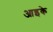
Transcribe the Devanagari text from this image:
आइके